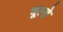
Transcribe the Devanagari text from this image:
चूल्‍हे